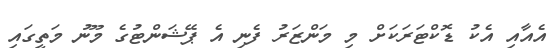
އެއާއި އެކު ޑޮކްޓަރަކަށް މި މަންޒަރު ފެނި އެ ޕޭޝަންޓުގެ މޫނު މަތީގައި